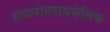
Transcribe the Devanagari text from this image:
हायपोग्लायसेमिक